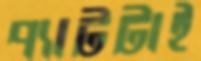
প্যাটটাই